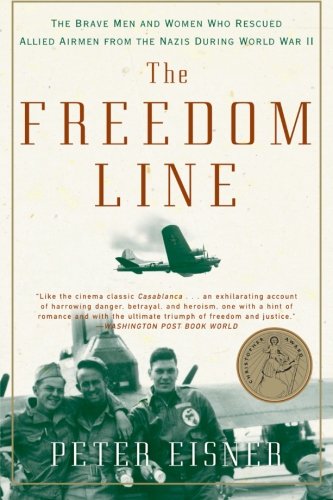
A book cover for The Freedom Line: The Brave Men and Women Who Rescued Allied Airmen from the Nazis During World War II; Peter Eisner; History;